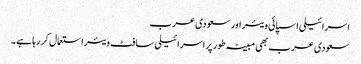
اسرائیلی اسپائی ویئر اور سعودی عرب
سعودی عرب بھی مبینہ طور پر اسرائیلی سافٹ ویئر استعمال کر رہا ہے۔